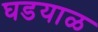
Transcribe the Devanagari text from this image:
घडयाळ